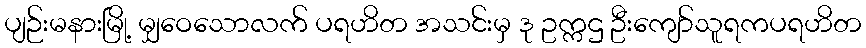
ပျဉ်းမနားမြို့ မျှဝေသောလက် ပရဟိတ အသင်းမှ ဒု ဥက္ကဌ ဦးကျော်သူရကပရဟိတ